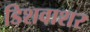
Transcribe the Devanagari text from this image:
डिशवाशर